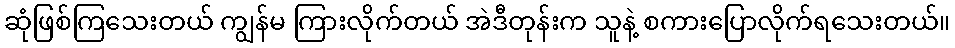
ဆုံဖြစ်ကြသေးတယ် ကျွန်မ ကြားလိုက်တယ် အဲဒီတုန်းက သူနဲ့ စကားပြောလိုက်ရသေးတယ်။